system: You are a helpful assistant.
user:
Analyze the provided spectrum to determine if it is a **"Cataclysmic Variables (CV)"**.

- **Key Indicators for CV (Check for either state):**
    - **State 1: Quiescent / Low-State (Emission-Dominated)**
        - **(Primary):** Strong and *very broad* Hydrogen Balmer emission lines (e.g., $H\alpha$ at 6563 Å, $H\beta$ at 4861 Å). The 'broadness' (high velocity dispersion, often FWHM > 1000 km/s) is the key diagnostic, indicating a high-velocity accretion disk.
        - **(Secondary):** Broad neutral Helium (He I) emission lines (e.g., 5876 Å, 6678 Å).
        - **(Key Confirmation):** Presence of high-excitation *ionized* Helium (He II) emission at 4686 Å. This is a strong indicator of accretion onto a white dwarf.
        - **(Line Profile):** Emission lines may exhibit a 'double-peaked' profile, which is a classic signature of a rotating accretion disk viewed at high inclination.

    - **State 2: Outburst / High-State (Absorption-Dominated)**
        - **(Primary):** Spectrum is dominated by a bright, blue continuum (looks like a hot star).
        - **(Secondary):** The emission lines from State 1 are weak, absent, or 'filled in', and are replaced by broad, shallow *absorption* lines (primarily Balmer and He I).
        - **(Morphology):** The overall spectrum mimics a hot B/A-type star. The crucial difference is that the absorption lines are significantly broader, shallower, and more 'washed-out' (or 'smeared') than the sharp lines of a normal stellar photosphere, due to high rotational speeds and pressure broadening in the disk.

Think first, call **spectral_visualization_tool** if needed to examine features in detail, then provide your final answer. Your response must adhere to the following strict rules:
1.  **Overall Structure:** Your response must follow the format `<think>...</think> <tool_call>...</tool_call> (if a tool is used) <answer>...</answer>`.
2.  **Tool Usage Constraint:** You may only make **one** tool call per turn.
3.  **Final Answer Format:** In the `<answer>` tag, your conclusion must be inside a `\boxed{}` command (e.g., `\boxed{YES}`), followed by your justification.

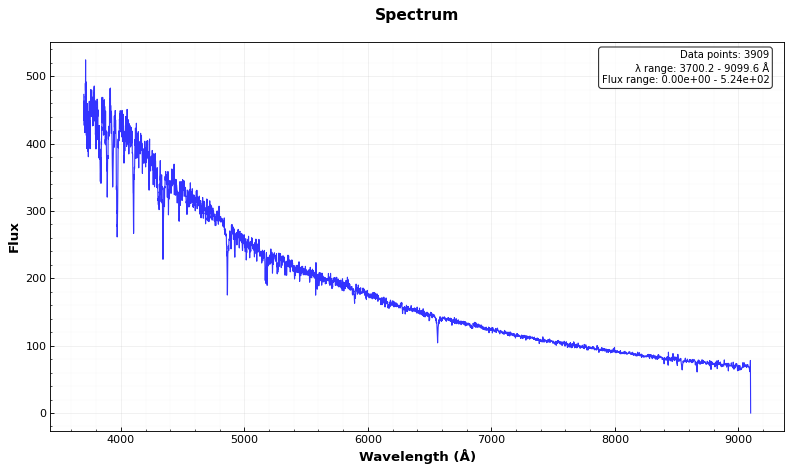
Answer: NO